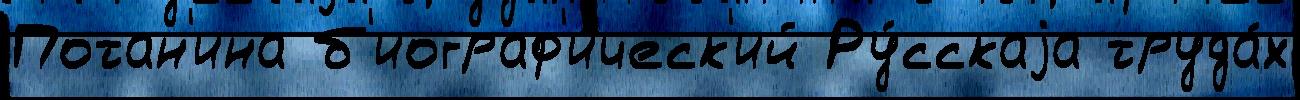
Потан'ина б'иограф'и́ческ'ий Ру́сскаjа труда́х